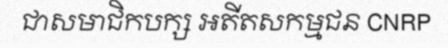
ជាសមាជិកបក្ស អតីតសកម្មជន CNRP